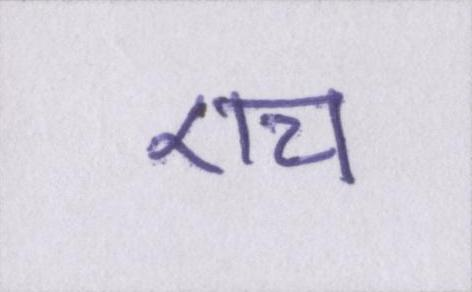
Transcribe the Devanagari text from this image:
एच